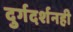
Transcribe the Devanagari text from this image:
दुर्गदर्शनही